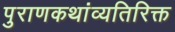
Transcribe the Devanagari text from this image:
पुराणकथांव्यतिरिक्त